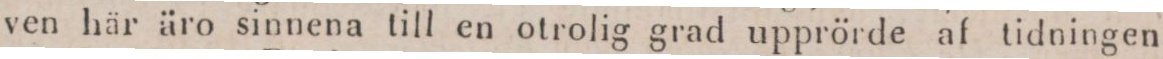
ven här äro sinnena till en otrolig grad upprörde af tidningen